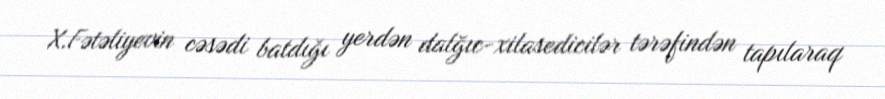
X.Fətəliyevin cəsədi batdığı yerdən dalğıc-xilasedicilər tərəfindən tapılaraq